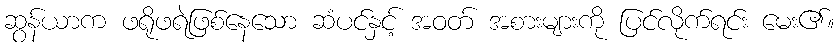
ဆွန်ယာက ဖရိုဖရဲဖြစ်နေသော ဆံပင်နှင့် အဝတ် အစားများကို ပြင်လိုက်ရင်း မေး၏။